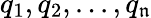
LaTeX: q_{1},q_{2},...,q_{\mathfrak{n}}